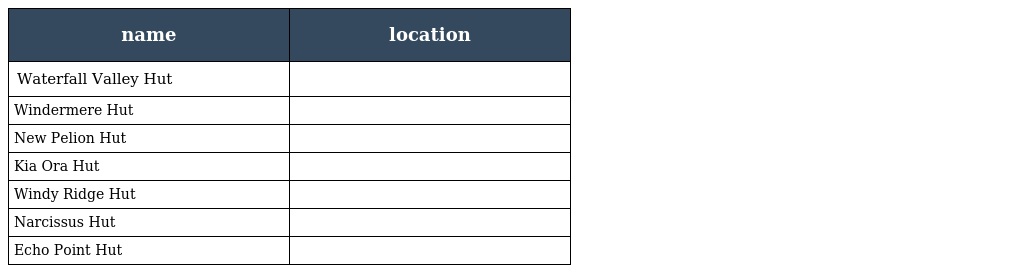
| name | location |
 | --- | --- |
 | Waterfall Valley Hut |  |
 | Windermere Hut |  |
 | New Pelion Hut |  |
 | Kia Ora Hut |  |
 | Windy Ridge Hut |  |
 | Narcissus Hut |  |
 | Echo Point Hut |  |